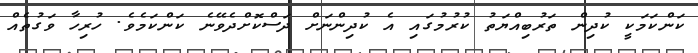
ކަންކަމަކީ ކުދިން ތަރުބިއްޔަތު ކުރުމުގައި އެ ކުދިންނަށް ދަސްކޮށްދެވޭނެ ކަންކަމެވެ. ހުރިހާ ވަގުތެއް